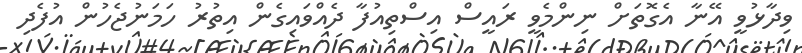
ވިދާޅުވީ އޭނާ އެގޮތަށް ނިންމެވީ ރައީސް އިސްތިއުފާ ދެއްވައިގެން އިތުރު ހަމަނުޖެހުން އުފެދި